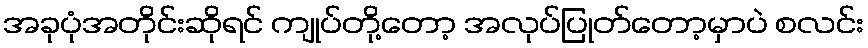
အခုပုံအတိုင်းဆိုရင် ကျုပ်တို့တော့ အလုပ်ပြုတ်တော့မှာပဲ စလင်း